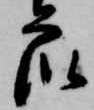
衆